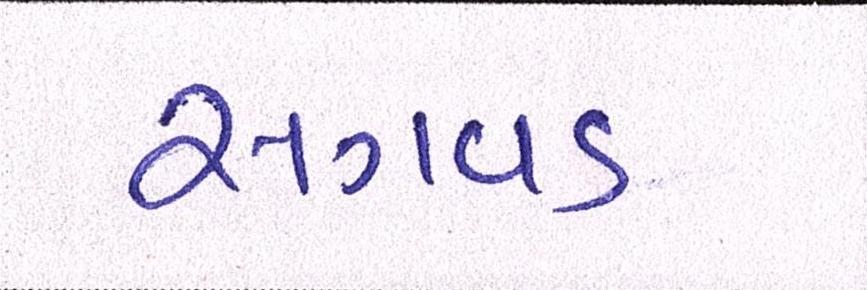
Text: સગવડ